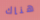
هناك